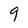
Character: 9